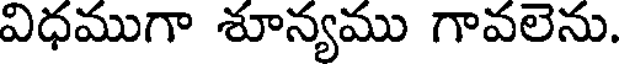
విధముగా శూన్యము గావలెను.